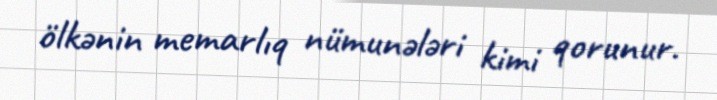
ölkənin memarlıq nümunələri kimi qorunur.